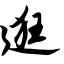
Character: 逛